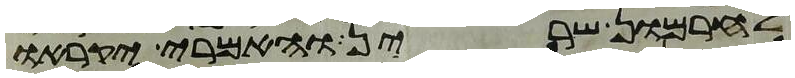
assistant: לחרמון שרין והאמרי יקראו